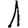
Digit: 1